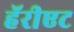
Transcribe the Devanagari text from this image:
हॅरीएट